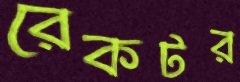
রেকটর